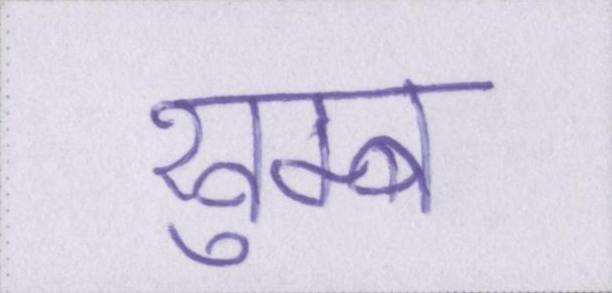
खुम्ब